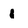
Character: l